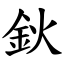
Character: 鈥